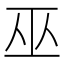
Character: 巫